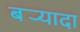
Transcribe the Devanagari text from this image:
बर्‍यादा